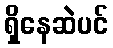
ရှိနေဆဲပင်